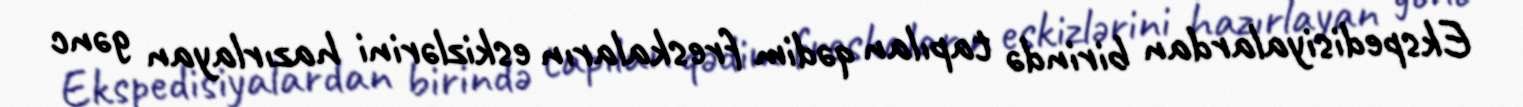
Ekspedisiyalardan birində tapılan qədim freskaların eskizlərini hazırlayan gənc